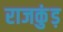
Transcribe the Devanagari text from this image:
राजकुंड़